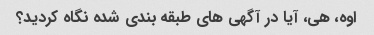
اوه، هی، آیا در آگهی های طبقه بندی شده نگاه کردید؟